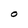
Character: O